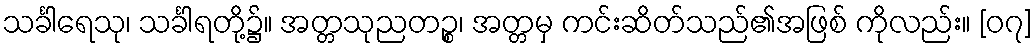
သင်္ခါရေသု၊ သင်္ခါရတို့၌။ အတ္တသုညတဉ္စ၊ အတ္တမှ ကင်းဆိတ်သည်၏အဖြစ် ကိုလည်း။ [၀၇]